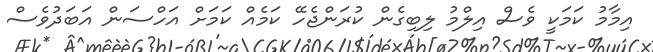
އިމާމު ކަމަކީ ވެސް އިލްމު ލިބިގެން ކުރަންޖެހޭ ކަމެއް ކަމަށް އަހްސަން އަބަދުވެސް